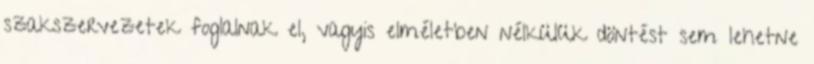
szakszervezetek foglalnak el, vagyis elméletben nélkülük döntést sem lehetne